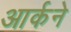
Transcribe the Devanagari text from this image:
आर्कने